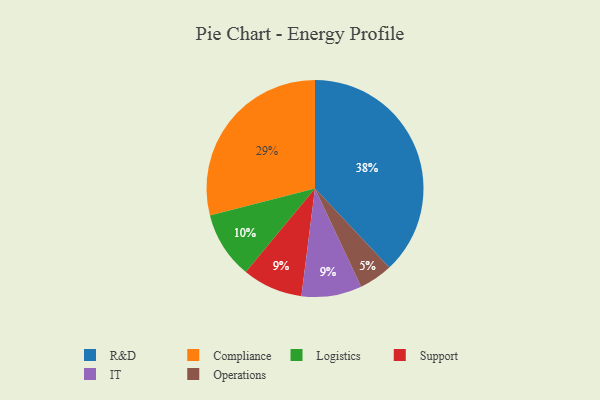
{"axis": {"x": "Category", "y": "Percentage"}, "legend": ["Compliance", "IT", "Logistics", "Operations", "R&D", "Support"], "data": [{"x": "Operations", "y": 5, "type": "Operations"}, {"x": "Logistics", "y": 10, "type": "Logistics"}, {"x": "R&D", "y": 38, "type": "R&D"}, {"x": "Compliance", "y": 29, "type": "Compliance"}, {"x": "Support", "y": 9, "type": "Support"}, {"x": "IT", "y": 9, "type": "IT"}]}